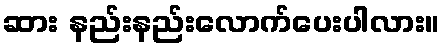
ဆား နည်းနည်းလောက်ပေးပါလား။